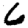
Digit: 6